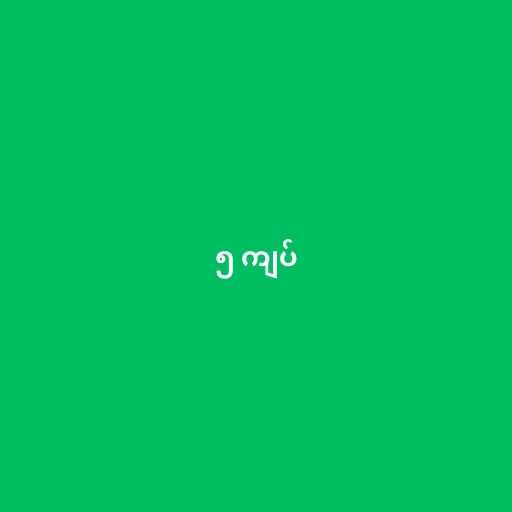
၅ ကျပ်